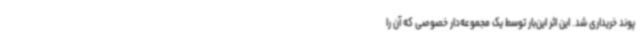
پوند خریداری شد. این اثر این‌بار توسط یک مجموعه‌دار خصوصی که آن را